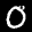
Label: 0